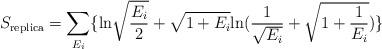
LaTeX: \begin{align*}S_{\rm replica} = \sum_{E_i}\{{\rm \ln}\sqrt{{E_i\over 2}}+\sqrt{1+E_i}{\rm \ln}({1\over\sqrt{E_i}}+\sqrt{1+{1\over E_i}}) \}\end{align*}